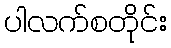
ပါလက်စတိုင်း